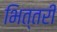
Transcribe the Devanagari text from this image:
भित्तरी